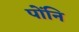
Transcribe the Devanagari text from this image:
पोंनि